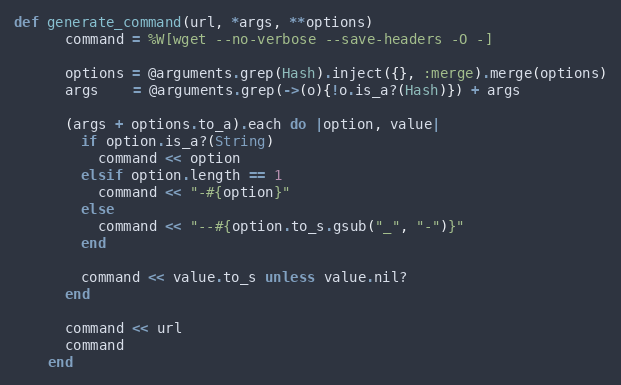
Language: Ruby
def generate_command(url, *args, **options)
      command = %W[wget --no-verbose --save-headers -O -]

      options = @arguments.grep(Hash).inject({}, :merge).merge(options)
      args    = @arguments.grep(->(o){!o.is_a?(Hash)}) + args

      (args + options.to_a).each do |option, value|
        if option.is_a?(String)
          command << option
        elsif option.length == 1
          command << "-#{option}"
        else
          command << "--#{option.to_s.gsub("_", "-")}"
        end

        command << value.to_s unless value.nil?
      end

      command << url
      command
    end